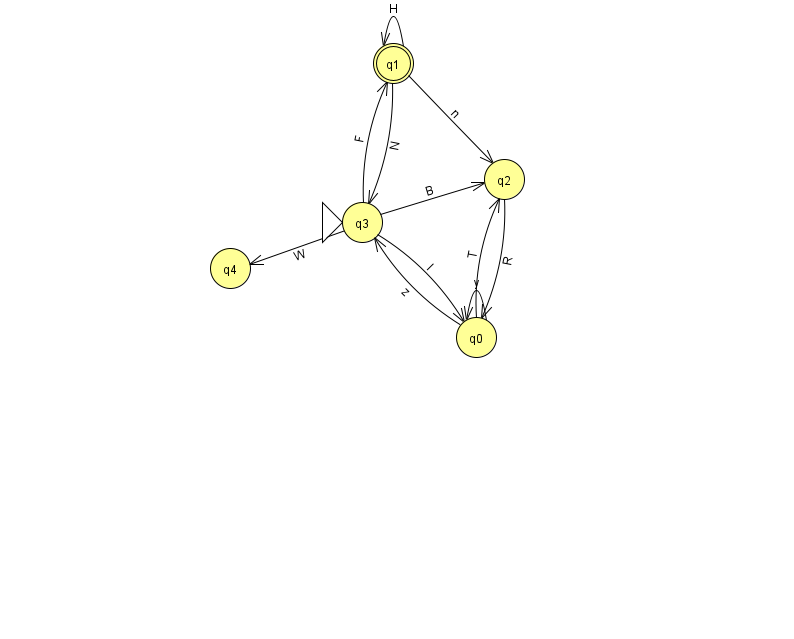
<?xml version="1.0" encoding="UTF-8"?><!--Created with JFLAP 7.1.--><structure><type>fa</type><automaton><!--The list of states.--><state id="0" name="q0"><x>476.0</x><y>324.0</y></state><state id="1" name="q1"><x>393.0</x><y>50.0</y><final/></state><state id="2" name="q2"><x>504.0</x><y>166.0</y></state><state id="3" name="q3"><x>362.0</x><y>209.0</y><initial/></state><state id="4" name="q4"><x>230.0</x><y>255.0</y></state><!--The list of transitions.--><transition><from>1</from><to>3</to><read>N</read></transition><transition><from>3</from><to>4</to><read>W</read></transition><transition><from>0</from><to>3</to><read>z</read></transition><transition><from>1</from><to>1</to><read>H</read></transition><transition><from>0</from><to>0</to><read>y</read></transition><transition><from>0</from><to>2</to><read>T</read></transition><transition><from>3</from><to>1</to><read>F</read></transition><transition><from>3</from><to>0</to><read>I</read></transition><transition><from>2</from><to>0</to><read>R</read></transition><transition><from>1</from><to>2</to><read>n</read></transition><transition><from>3</from><to>2</to><read>B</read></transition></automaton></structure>